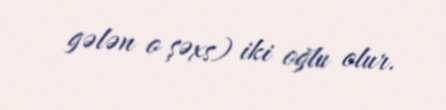
gələn o şəxs) iki oğlu olur.